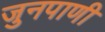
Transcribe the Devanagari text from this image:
जुनपाणी